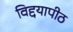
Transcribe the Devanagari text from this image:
विद्दयापीठ